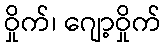
ဝှိုက်၊ ဂျော့ဝှိုက်